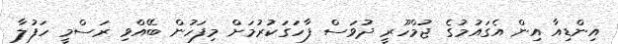
އިންޑިއާ އިން އެގައުމުގެ ޖުމްހޫރީ ދުވަސް ފާހަގަކުރުމަށް މިފަހުން ބޭއްވި ރަސްމީ ހަފުލާ